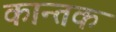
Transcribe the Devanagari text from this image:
कान्तक